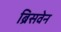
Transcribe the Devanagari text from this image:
ब्रिसवेन